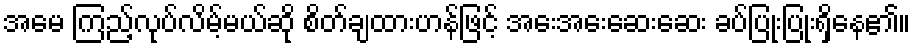
အမေ ကြည့်လုပ်လိမ့်မယ်ဆို စိတ်ချထားဟန်ဖြင့် အေးအေးဆေးဆေး ခပ်ပြုံးပြုံးရှိနေ၏။